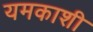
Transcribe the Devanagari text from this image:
यमकाशी